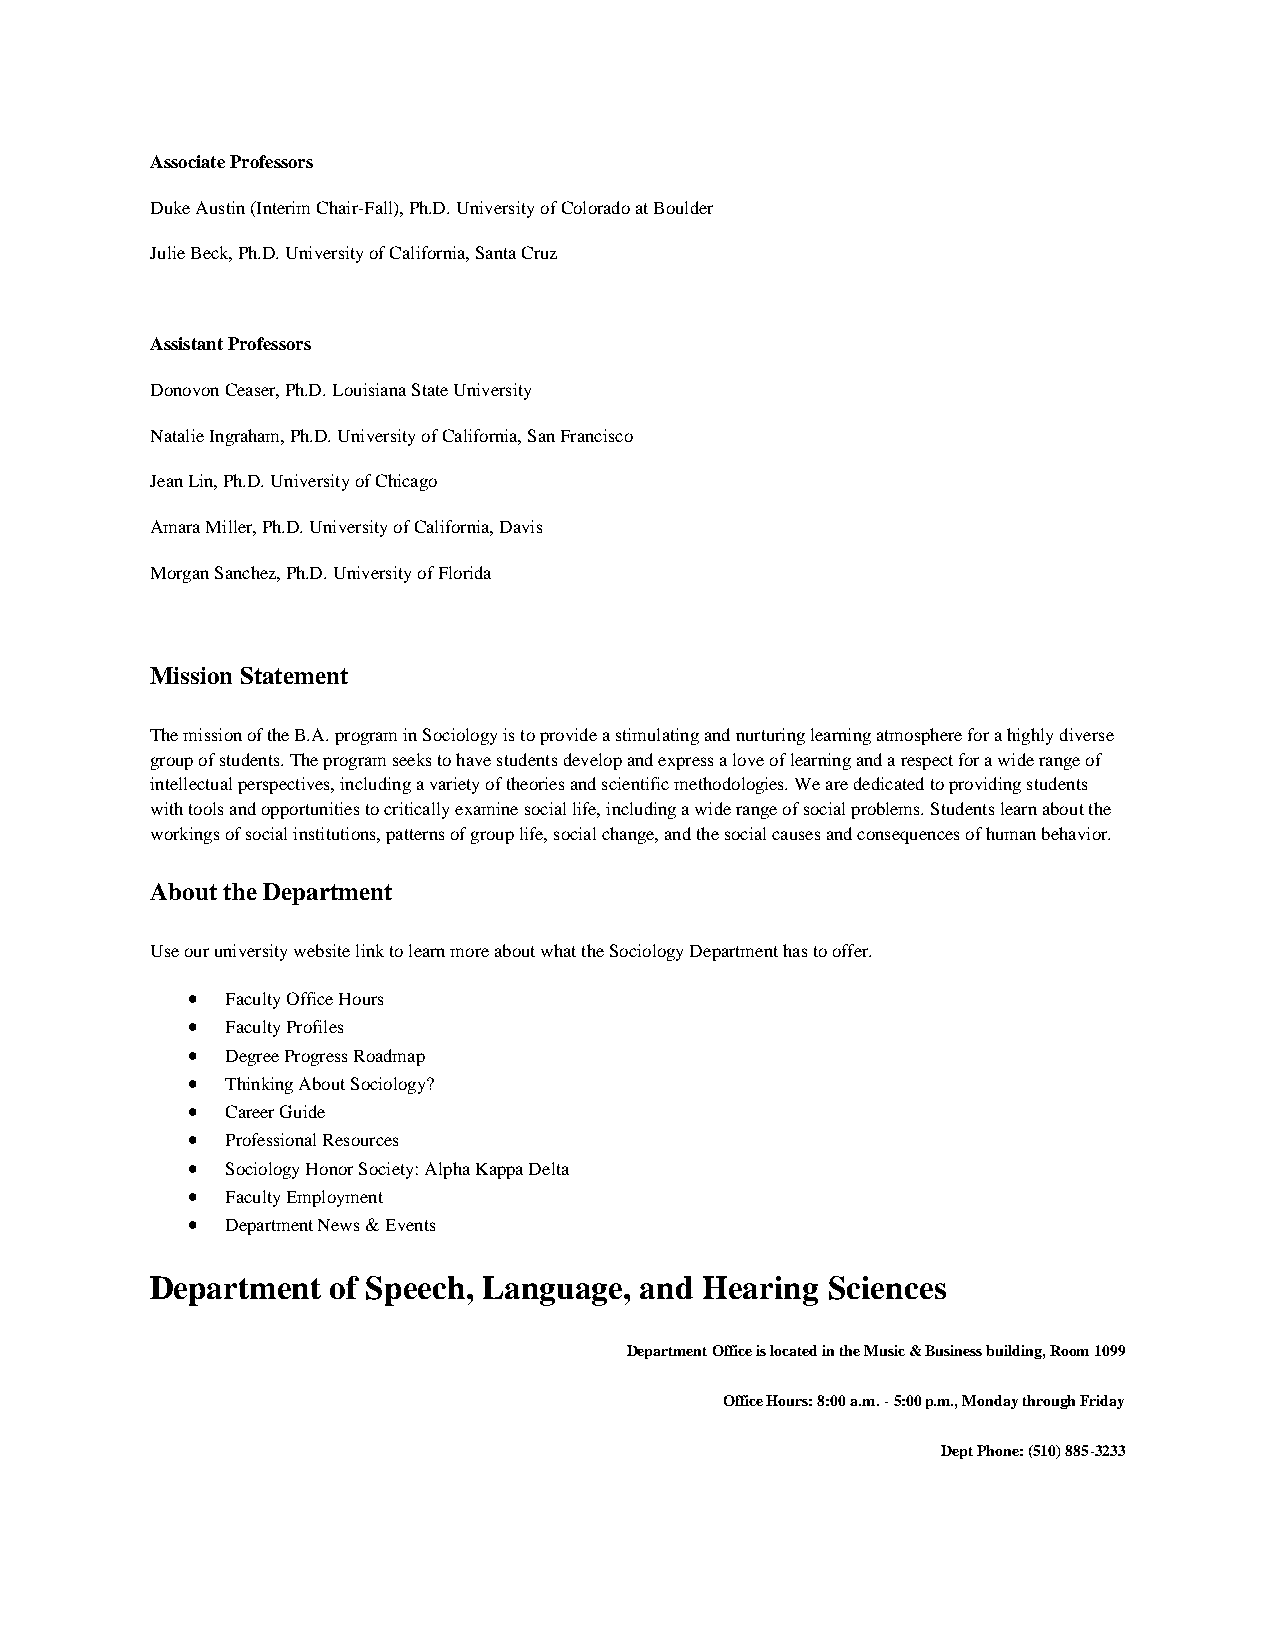
Associate Professors
 Duke Austin (Interim Chair-Fall), Ph.D. University of Colorado at Boulder
 Julie Beck, Ph.D. University of California, Santa Cruz
 Assistant Professors
 Donovon Ceaser, Ph.D. Louisiana State University
 Natalie Ingraham, Ph.D. University of California, San Francisco
 Jean Lin, Ph.D. University of Chicago
 Amara Miller, Ph.D. University of California, Davis
 Morgan Sanchez, Ph.D. University of Florida
 Mission Statement
 The mission of the B.A. program in Sociology is to provide a stimulating and nurturing learning atmosphere for a highly diverse
 group of students. The program seeks to have students develop and express a love of learning and a respect for a wide range of
 intellectual perspectives, including a variety of theories and scientific methodologies. We are dedicated to providing students
 with tools and opportunities to critically examine social life, including a wide range of social problems. Students learn about the
 workings of social institutions, patterns of group life, social change, and the social causes and consequences of human behavior.
 About the Department
 Use our university website link to learn more about what the Sociology Department has to offer.
 •  Faculty Office Hours
 •  Faculty Profiles
 •  Degree Progress Roadmap
 •  Thinking About Sociology?
 •  Career Guide
 •  Professional Resources
 •  Sociology Honor Society: Alpha Kappa Delta
 •  Faculty Employment
 •  Department News & Events
 Department  of Speech, Language, and Hearing Sciences
 Department Office is located in the Music & Business building, Room 1099
 Office Hours: 8:00 a.m. - 5:00 p.m., Monday through Friday
 Dept Phone: (510) 885-3233